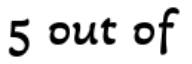
5 out of